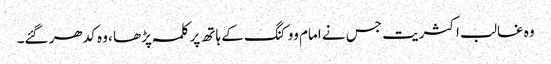
وہ غالب اکثریت جس نے امام ووکنگ کے ہاتھ پر کلمہ پڑھا ، وہ کدھر گئے۔